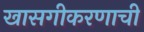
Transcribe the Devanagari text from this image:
खासगीकरणाची